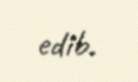
edib.